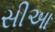
સીઆ